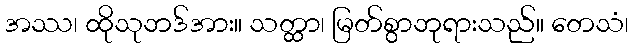
အဿ၊ ထိုသုဘဒ်အား။ သတ္ထာ၊ မြတ်စွာဘုရားသည်။ တေသံ၊